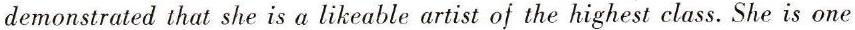
demonstrated that she is a likeable artist of the highest class. She is one